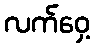
လက်ဝှေ့